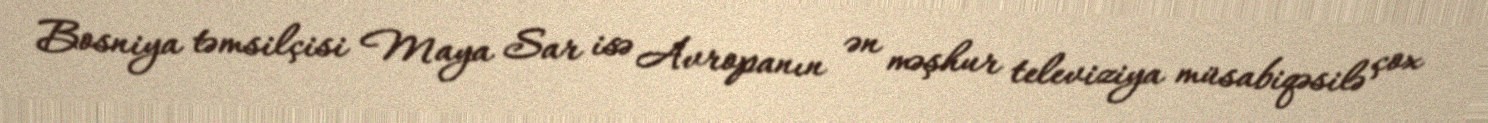
Bosniya təmsilçisi Maya Sar isə Avropanın ən məşhur televiziya müsabiqəsilə çox